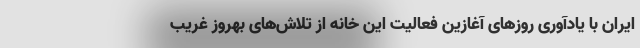
ایران با یادآوری روزهای آغازین فعالیت این خانه از تلاش‌های بهروز غریب